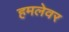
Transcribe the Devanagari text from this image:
हमलेवर